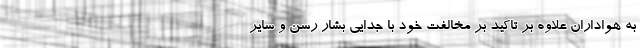
به هواداران علاوه بر تاکید بر مخالفت خود با جدایی بشار رسن و سایر